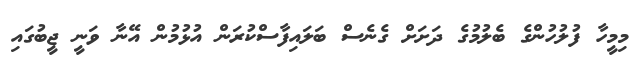
މިމީހާ ފުލުހުންގެ ބެލުމުގެ ދަށަށް ގެނެސް ބަލައިފާސްކުރަން އުޅުމުން އޭނާ ވަނީ ޖީބުގައި